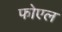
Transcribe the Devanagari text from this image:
फोएल